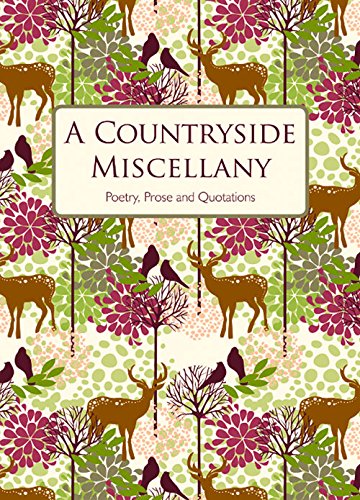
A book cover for A Countryside Miscellany: Poetry, Prose and Quotations; Isobel Carlson; Humor & Entertainment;